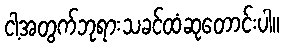
ငါ့အတွက်ဘုရားသခင်ထံဆုတောင်းပါ။